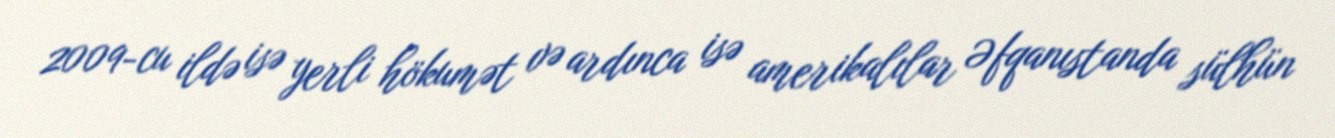
2009-cu ildə isə yerli hökumət və ardınca isə amerikalılar Əfqanıstanda sülhün